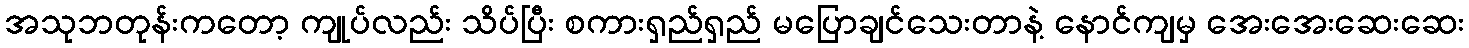
အသုဘတုန်းကတော့ ကျုပ်လည်း သိပ်ပြီး စကားရှည်ရှည် မပြောချင်သေးတာနဲ့ နောင်ကျမှ အေးအေးဆေးဆေး